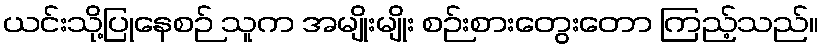
ယင်းသို့ပြုနေစဉ် သူက အမျိုးမျိုး စဉ်းစားတွေးတော ကြည့်သည်။